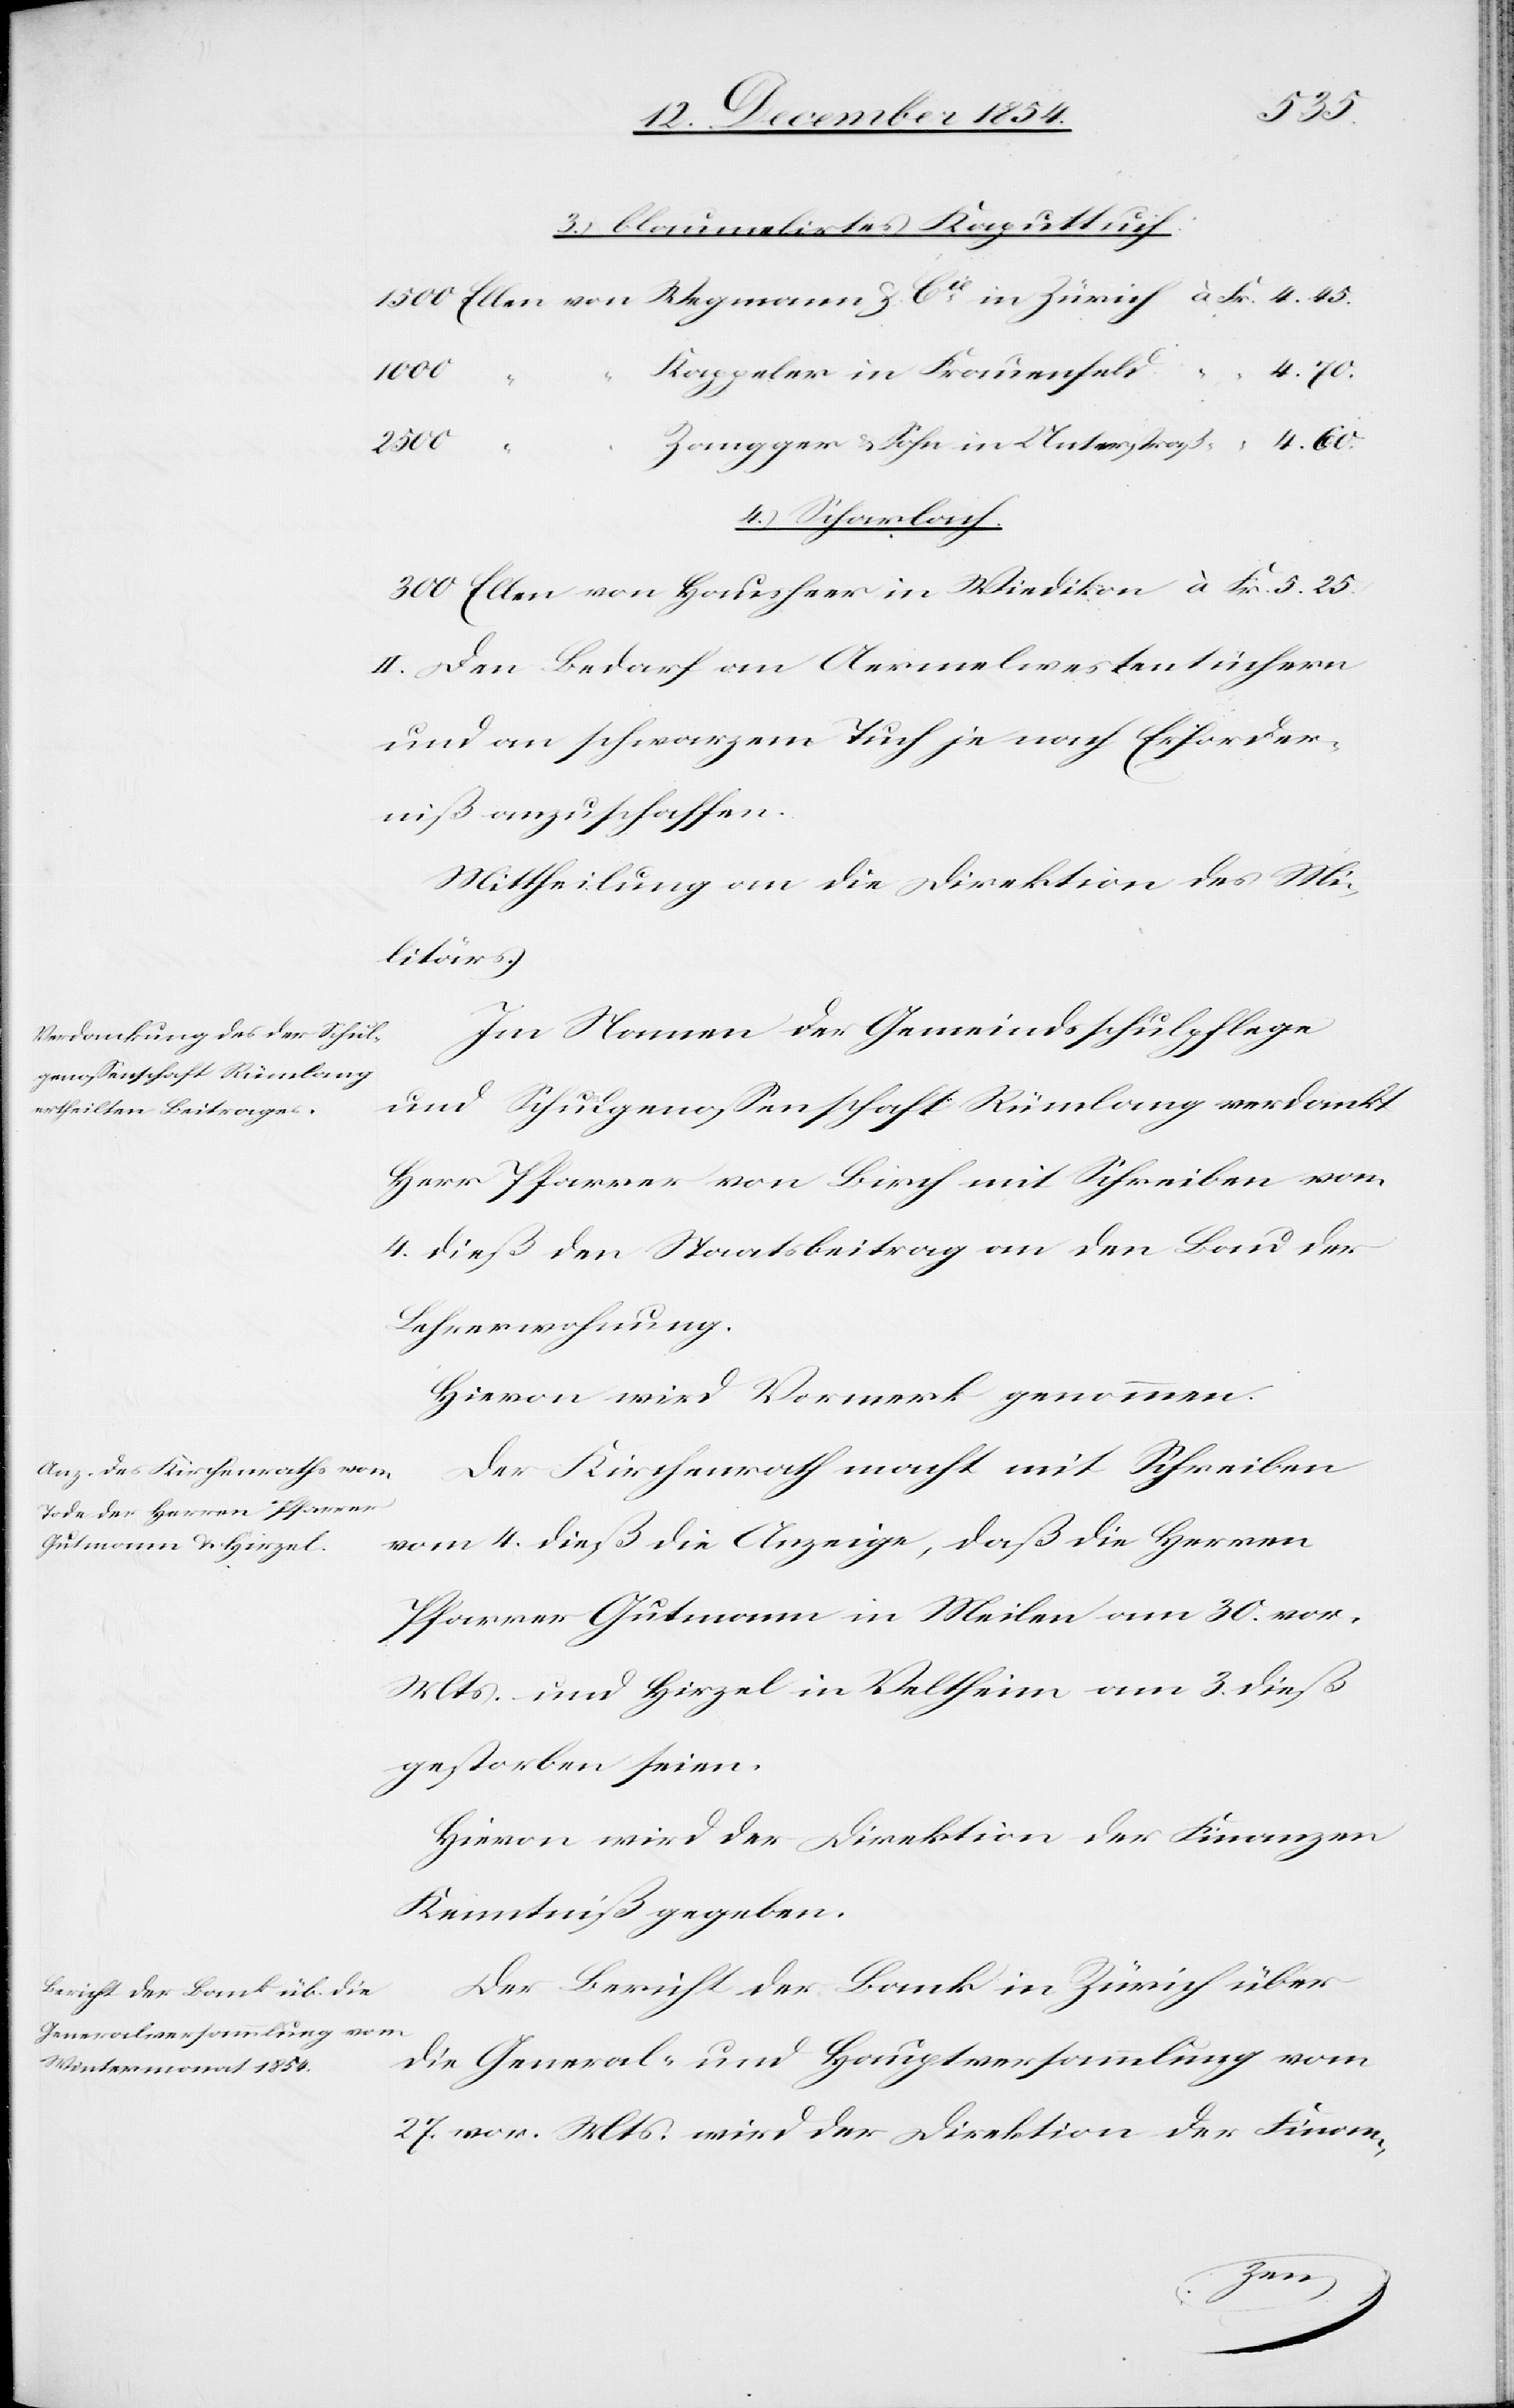
5. 25.
3.) blaumelirtes Kaputtuch:
1000
Zangger & Sohn in Unterstraß
300
4.) Scharlach:
II. Den Bedarf an Aermelwestentüchern
und an schwarzem Tuch je nach Erforder¬
niß anzuschaffen.
Mittheilung an die Direktion des Mi¬
litärs.
Im Namen der Gemeindsschulpflege
und Schulgenoßenschaft Rümlang verdankt
Herr Pfarrer von Birch mit Schreiben vom
4. dieß den Staatsbeitrag an den Bau der
Lehrerwohnung.
Hievon wird Vormerk genommen.
Der Kirchenrath macht mit Schreiben
vom 4. dieß die Anzeige, daß die Herren
Pfarrer Gutmann in Meilen am 30. vor.
Mts. und Hirzel in Veltheim am 3. dieß
gestorben seien.
Hievon wird der Direktion der Finanzen
Kenntniß gegeben.
Der Bericht der Bank in Zürich über
die General- und Hauptversammlung vom
27. vor. Mts. wird der Direktion der Finan-